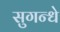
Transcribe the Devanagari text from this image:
सुगन्धे